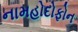
નામહોદોફોન